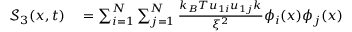
\begin{array} { r l } { \mathcal { S } _ { 3 } ( x , t ) } & { { } = \sum _ { i = 1 } ^ { N } \sum _ { j = 1 } ^ { N } \frac { k _ { B } T u _ { 1 i } u _ { 1 j } k } { \xi ^ { 2 } } \phi _ { i } ( x ) \phi _ { j } ( x ) } \end{array}